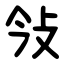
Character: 㪁